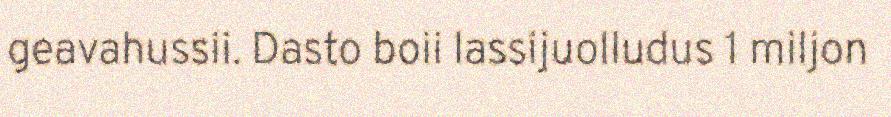
geavahussii. Dasto boii lassijuolludus 1 miljon